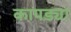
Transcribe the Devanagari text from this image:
कापड्या